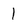
Character: 1